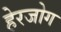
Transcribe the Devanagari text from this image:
हेरजोग